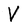
Character: V